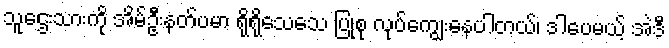
သူဌေးသားကို အိမ်ဦးနတ်ပမာ ရိုရိုသေသေ ပြုစု လုပ်ကျွေးနေပါတယ်၊ ဒါပေမယ့် အဲဒီ